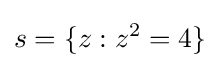
s=\{z:z^{2}=4\}